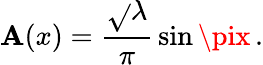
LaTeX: \mathbf{A}(x)={\frac{{\sqrt{}{\lambda}}}{{\pi}}}\sin\pix\, .